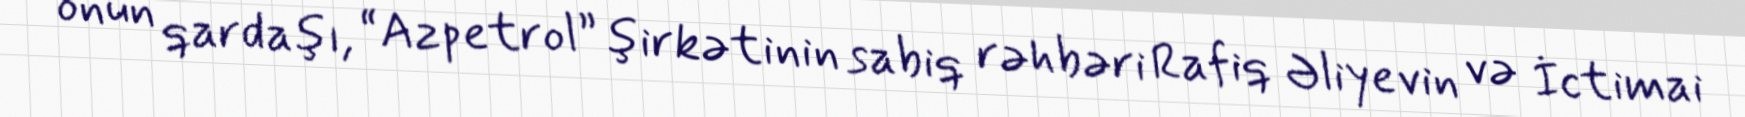
onun qardaşı, “Azpetrol” şirkətinin sabiq rəhbəri Rafiq Əliyevin və İctimai